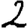
Digit: 2